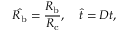
\hat { R _ { \mathrm { b } } } = \frac { R _ { \mathrm { b } } } { R _ { \mathrm { c } } } , \quad \hat { t } = D t ,